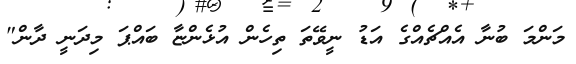
މަންމަ ބުނާ އެއްޗެއްގެ އަޑު ނީވޭތަ ތިހެން އުޅެންޏާ ބައްޕަ މިދަނީ ދާން"